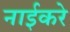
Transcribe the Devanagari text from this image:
नाईकरे